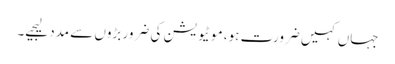
جہاں کہیں ضرورت ہو، موٹیویشن کی ضرور بڑوں سے مدد لیجیے۔